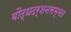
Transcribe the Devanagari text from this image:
बौद्धदर्शनसम्मत